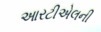
આરટીએલની